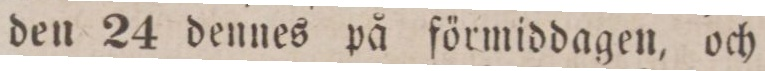
den 24 dennes på förmiddagen, och